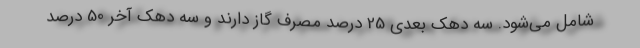
شامل می‌شود. سه دهک بعدی 25 درصد مصرف گاز دارند و سه دهک آ‌خر 50 درصد